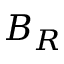
B _ { R }